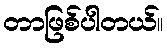
တာဖြစ်ပါတယ်။